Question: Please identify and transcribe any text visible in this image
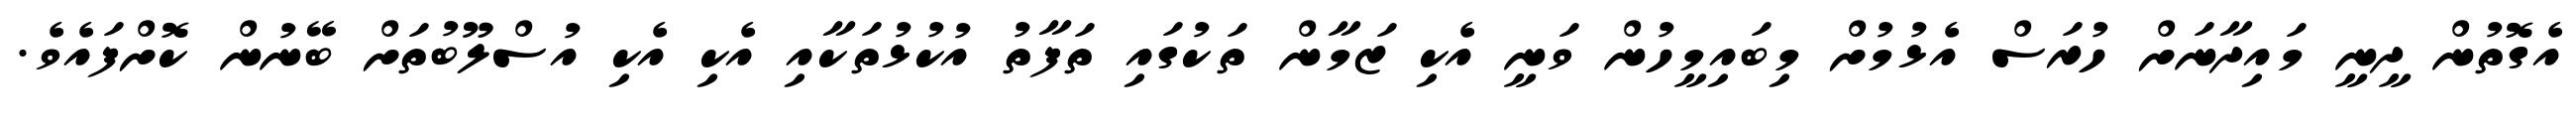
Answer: އެގޮތުން ދީނީ މައިދާނަށް ހުރަސް އެޅުމުށް މިބައިމީހުން ވަނީ އެކި ޒަމާން ތަކުގައި ތަފާތު އުކުޅުތަކާއި އެކި އެކި އުސްލޫބުތަށް ބޭނުން ކޮށްފައެވެ.